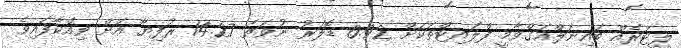
ލީޓަރެއް ބައިނަލްއަގްވާމީ ފްލައިޓްތަކަށް 0.92 ޑޮލަރު ނުވަތަ 14.27 ރުފިޔާ އަށް ވިއްކާފައިވެ